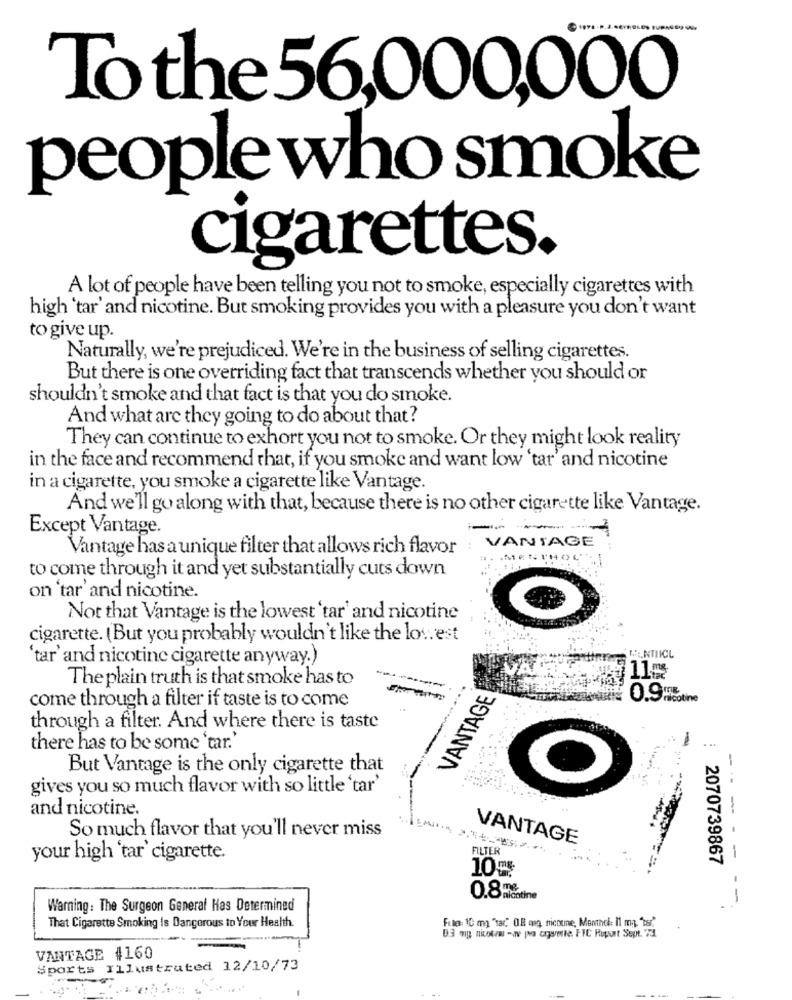
To the 56,000,000
people who smoke
cigarettes.
A lot of people have been telling you not to smoke, especially cigarettes with
high 'tar' and nicotine. But smoking provides you with a pleasure you don't want
to give up.
Naturally, we're prejudiced. We're in the business of selling cigarettes.
But there is one overriding fact that transcends whether you should or
shouldn't smoke and that fact is that you do smoke.
And what are they going to do about that?
They can continue to exhort you not to smoke. Or they might look reality
in the face and recommend that, if you smoke and want low 'tar' and nicotine
in a cigarette, you smoke a cigarette like Vantage.
And we'll go along with that, because there is no other cigarette like Vantage.
Except Vantage.
Vantage has a unique filter that allows rich flavor
VANTAGE :
to come through it and yet substantially cuts down
on 'tar' and nicotine.
Not that Vantage is the lowest'tar' and nicotine
cigarette. (But you probably wouldn't like the los. est
'tar' and nicotine cigarette anyway.)
CENTIICL
111₥
The plain truth is that smoke has to
VANTAGE
come through a filter if taste is to come
0.95%
through a filter. And where there is taste
...
there has to be some 'tar.'
But Vantage is the only cigarette that
-
gives you so much flavor with so little 'tar'
and nicotine.
So much flavor that you'll never miss
VANTAGE
FILTER
your high 'tar' cigarette.
2070739867
10%
0.8%
Warning: The Surgeon General Has Determined
That Cigarette Smoking Is Dangerous to Your Health.
Fulle: 10 mg "tar," OH ang nichune, Menthol: Il mg. "si"
D3 mg nicola -av pa cigarette. FIC Riport Sept. 73
VANTAGE #160
Sports Illustrated 12/10/73